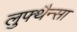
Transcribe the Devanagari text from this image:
लुफ्थैन्सा